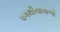
પગથીયાવાળો